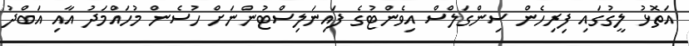
އަތޮޅު ލީގުގައި ފިރިހެން ސިންގަލްސް އިވެންޓުގެ ފައިނަލިސްޓުންނަށް ހުސެން މުހައްމަދު އާއި އަބްދު